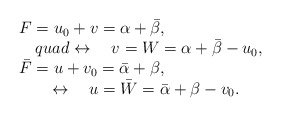
\begin{align*}\begin{array}{l}F=u_0+v=\alpha +\bar \beta , \\\quad quad \leftrightarrow \quad v=W=\alpha +\bar \beta -u_0, \\\bar F=u+v_0=\bar \alpha +\beta , \\\quad \quad \leftrightarrow \quad u=\bar W=\bar \alpha +\beta -v_0.\end{array}\end{align*}